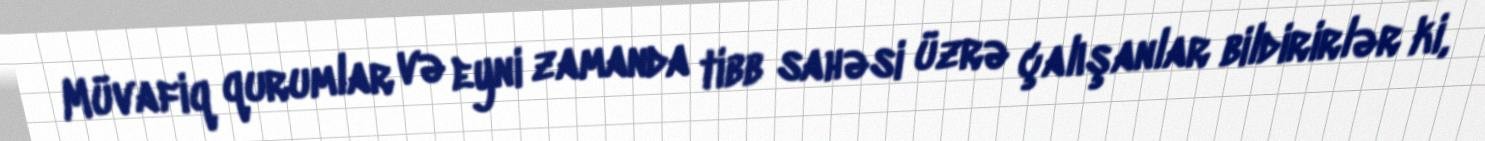
Müvafiq qurumlar və eyni zamanda tibb sahəsi üzrə çalışanlar bildirirlər ki,